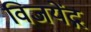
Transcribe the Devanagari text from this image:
विजयेंद्ग